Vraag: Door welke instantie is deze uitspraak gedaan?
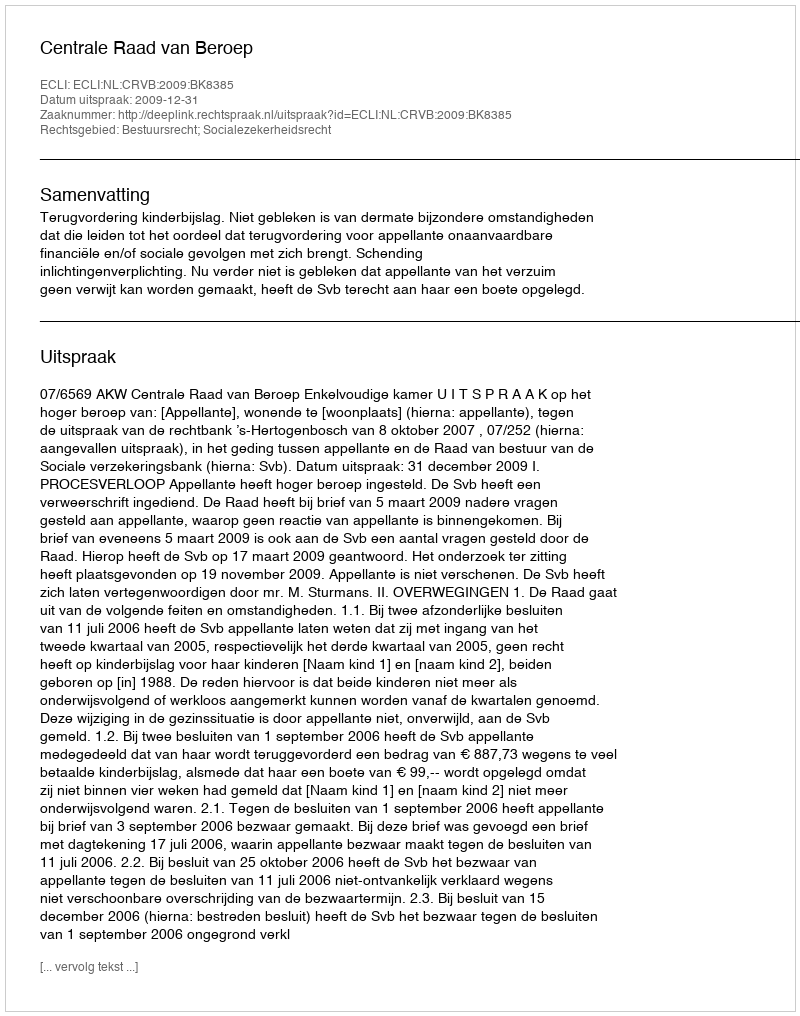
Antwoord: Centrale Raad van Beroep